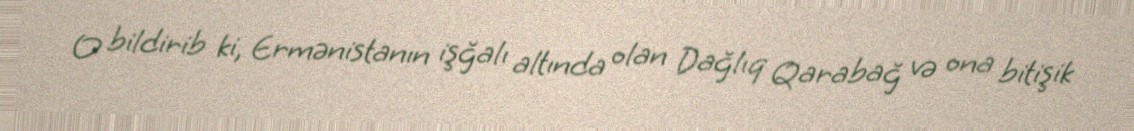
O bildirib ki, Ermənistanın işğalı altında olan Dağlıq Qarabağ və ona bitişik